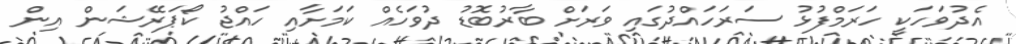
އެދުވަހަކީ ހަރަމްފުޅު ސަރަހައްދުގައި ވަރަށް ބާރުބޮޑު ދުވަހެއް ކަމަށާއި ހައްޖު ކޯޕަރޭޝަން އިން